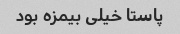
پاستا خیلی بیمزه بود